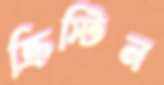
ক্রিস্টিন